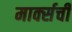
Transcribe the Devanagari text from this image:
मार्क्‍सची